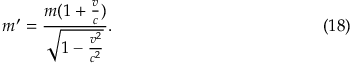
m ^ { \prime } = \frac { m ( 1 + \frac { v } { c } ) } { \sqrt { 1 - \frac { v ^ { 2 } } { c ^ { 2 } } } } . \eqno ( 1 8 )